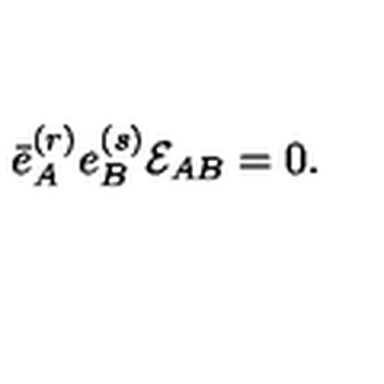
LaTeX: \bar { e } _ { A } ^ { ( r ) } e _ { B } ^ { ( s ) } { \cal E } _ { A B } = 0 .